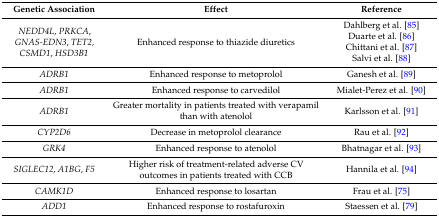
<table><thead><tr><td><b>Genetic Association</b></td><td><b>Effect</b></td><td><b>Reference</b></td></tr></thead><tbody><tr><td><i>NEDD4L</i>, <i>PRKCA</i>, <i>GNAS-EDN3</i>, <i>TET2, CSMD1</i>, <i>HSD3B1</i></td><td>Enhanced response to thiazide diuretics</td><td>Dahlberg et al. [85]Duarte et al. [86]Chittani et al. [87]Salvi et al. [88]</td></tr><tr><td><i>ADRB1</i></td><td>Enhanced response to metoprolol</td><td>Ganesh et al. [89]</td></tr><tr><td><i>ADRB1</i></td><td>Enhanced response to carvedilol</td><td>Mialet-Perez et al. [90]</td></tr><tr><td><i>ADRB1</i></td><td>Greater mortality in patients treated with verapamil than with atenolol</td><td>Karlsson et al. [91]</td></tr><tr><td><i>CYP2D6</i></td><td>Decrease in metoprolol clearance</td><td>Rau et al. [92]</td></tr><tr><td><i>GRK4</i></td><td>Enhanced response to atenolol</td><td>Bhatnagar et al. [93]</td></tr><tr><td><i>SIGLEC12</i>, <i>A1BG</i>, <i>F5</i></td><td>Higher risk of treatment-related adverse CV outcomes in patients treated with CCB</td><td>Hannila et al. [94]</td></tr><tr><td><i>CAMK1D</i></td><td>Enhanced response to losartan</td><td>Frau et al. [75]</td></tr><tr><td><i>ADD1</i></td><td>Enhanced response to rostafuroxin</td><td>Staessen et al. [79]</td></tr></tbody></table>